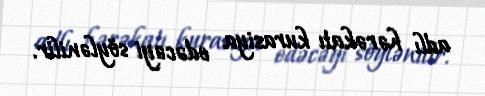
adlı hərəkatı kurasiya edəcəyi söylənilir.